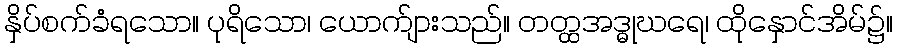
နှိပ်စက်ခံရသော။ ပုရိသော၊ ယောက်ျားသည်။ တတ္ထအဒ္ဓုဃရေ၊ ထိုနှောင်အိမ်၌။